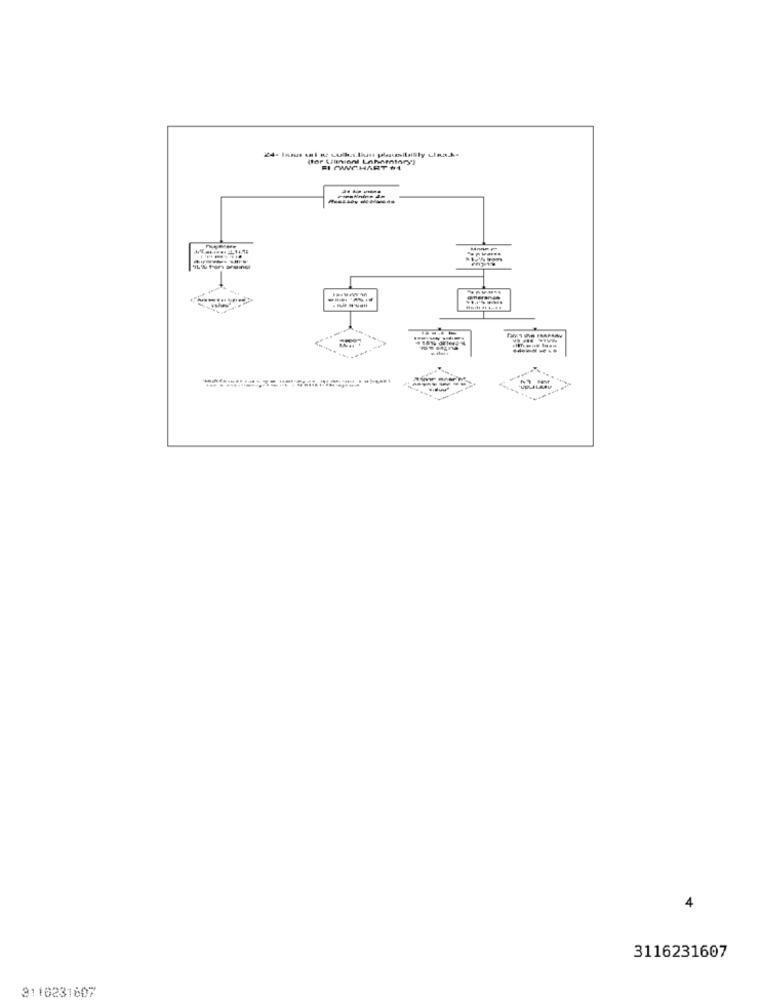
FI PWNCHART #1
----..
4
3116231607
3110231697